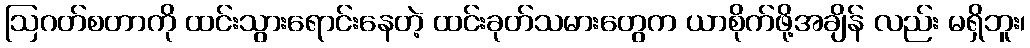
ဩဂတ်စတာကို ထင်းသွားရောင်းနေတဲ့ ထင်းခုတ်သမားတွေက ယာစိုက်ဖို့အချိန် လည်း မရှိဘူး၊